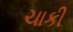
ચાકી